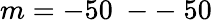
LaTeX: m=-50\mathrm{~--~}50